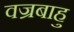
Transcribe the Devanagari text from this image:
वज्रबाहु